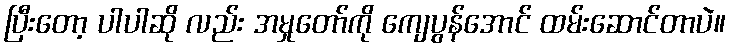
ပြီးတော့ ပါပါဆို လည်း အမှုတော်ကို ကျေပွန်အောင် ထမ်းဆောင်တာပဲ။